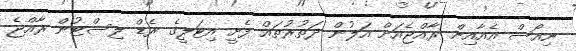
ނިއޯސް އެއާއިން ރާއްޖެއަށް އަލުން ދަތުރުތައް ފެށީ އިޓަލީގެ ރެޑް ލިސްޓުން ރާއްޖެ